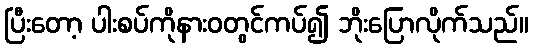
ပြီးတော့ ပါးစပ်ကိုနားဝတွင်ကပ်၍ ဘိုးပြောလိုက်သည်။